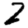
Digit: 2